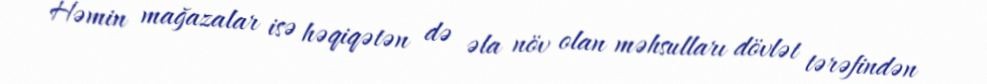
Həmin mağazalar isə həqiqətən də əla növ olan məhsulları dövlət tərəfindən